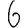
Digit: 6